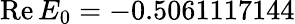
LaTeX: \mathrm{Re}\, E_{0}=-0.5061117144